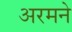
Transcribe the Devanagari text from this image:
अरमने